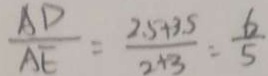
\frac { A D } { A E } = \frac { 2 . 5 + 3 . 5 } { 2 + 3 } = \frac { 6 } { 5 }